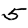
Digit: 5